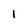
Character: l